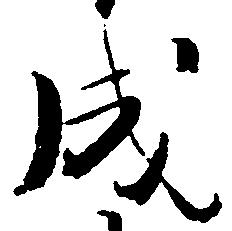
成